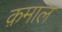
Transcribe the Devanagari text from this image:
क़माल